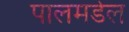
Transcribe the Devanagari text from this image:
पालमडेल